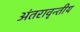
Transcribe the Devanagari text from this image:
अंतरावृन्तीय